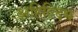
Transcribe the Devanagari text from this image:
अहिल्दिभ